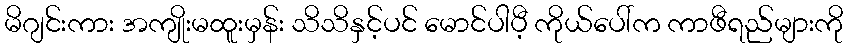
မိဂျင်းကား အကျိုးမထူးမှန်း သိသိနှင့်ပင် မောင်ပါပီ့ ကိုယ်ပေါ်က ကာဖီရည်များကို